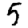
Digit: 5